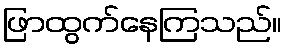
ဖြာထွက်နေကြသည်။